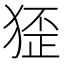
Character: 𤟷